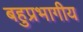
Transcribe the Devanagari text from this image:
बहुप्रभागीय